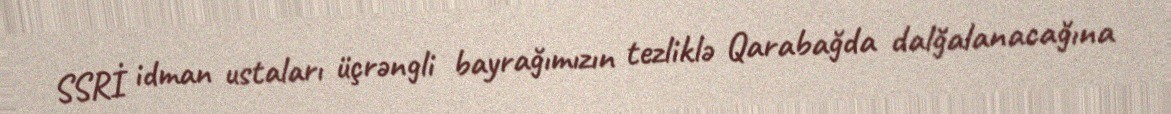
SSRİ idman ustaları üçrəngli bayrağımızın tezliklə Qarabağda dalğalanacağına